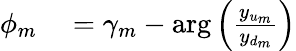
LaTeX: \begin{array}{rl}{\phi_{m}}&{{}=\gamma_{m}-\arg\left(\frac{y_{u_{m}}}{y_{d_{m}}}\right)}\end{array}